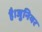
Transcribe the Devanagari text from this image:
है।जुनियर